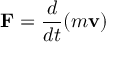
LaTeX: \mathbf { F } = { \frac { d } { d t } } ( m \mathbf { v } )